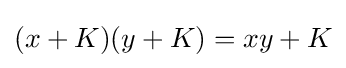
(x+K)(y+K)=xy+K